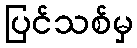
ပြင်သစ်မှ